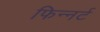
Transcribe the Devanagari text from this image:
फिन्नर्ट